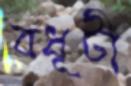
বধূটী